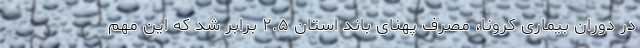
در دوران بیماری کرونا، مصرف پهنای باند استان ۲.۵ برابر شد که این مهم